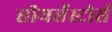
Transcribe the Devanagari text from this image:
सीयर्सस्‍टोर्स